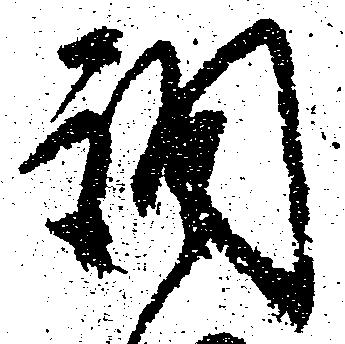
調